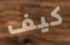
كيف